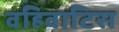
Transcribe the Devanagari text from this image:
वहिवाटिस